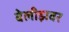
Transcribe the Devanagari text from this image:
बेलीझवर